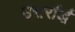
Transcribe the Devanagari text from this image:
उत्तर्रार्द्ध